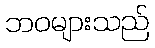
ဘဝများသည်